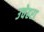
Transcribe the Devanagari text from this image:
उचेहरा